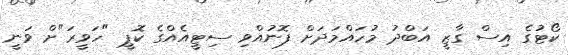
ކޯޓުގެ އިސް ގާޒީ އަބްދު މުހައްމަދަށް ފޮނުއްވި ސިޓީއެއްގެ ކޮޕީ "ހަވީރަ"ށް ވަނީ